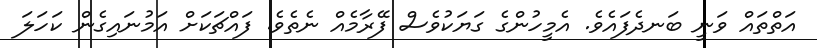
އަތްތައް ވަނީ ބަނދެފައެވެ. އެމީހުންގެ ގަޔަކުވެސް ފޭރާމެއް ނެތެވެ. ފައްޗަކަށް އަމުނައިގެން ކަހަލަ